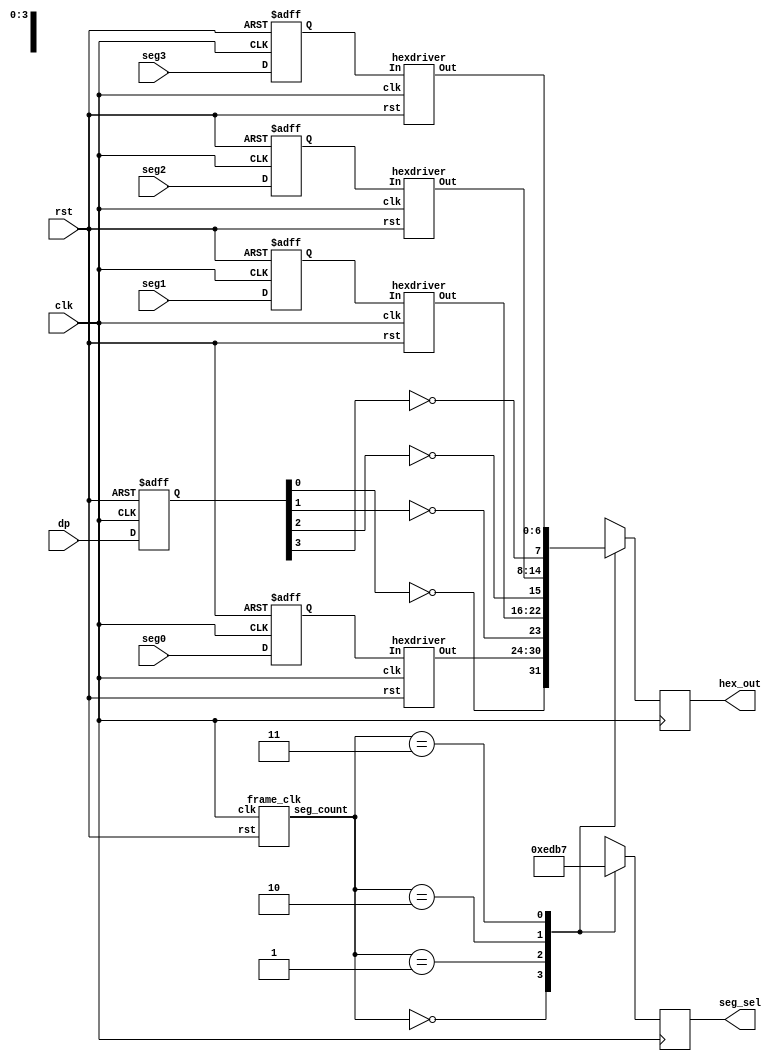
`timescale 1ns / 1ps
//////////////////////////////////////////////////////////////////////////////////
// Company: 
// Engineer: 
// 
// Design Name: 
// Module Name:    Nexys2_hex_driver 
// Project Name: 
// Target Devices: 
// Tool versions: 
// Description: 
//
// Dependencies: 
//
// Revision: 
// Revision 0.01 - File Created
// Additional Comments: 
//
//////////////////////////////////////////////////////////////////////////////////
module Nexys2_hex_driver(
		input wire clk,
		input wire rst,
		input wire[3:0] seg0,
		input wire[3:0] seg1,
		input wire[3:0] seg2,
		input wire[3:0] seg3,
		input wire[3:0] dp,
		output reg[3:0] seg_sel,
		output reg[7:0] hex_out
	);

	wire[1:0] count;
	wire[6:0] hex0, hex1, hex2, hex3;
	reg[3:0] seg0_s, seg1_s, seg2_s, seg3_s;
	reg[3:0] dp_s;

	always @(posedge clk or posedge rst)
	begin
		if(rst)
		begin
			seg0_s <= 4'h0;
			seg1_s <= 4'h0;
			seg2_s <= 4'h0;
			seg3_s <= 4'h0;
			dp_s <= 4'h0;
		end
		else
		begin
			seg0_s <= seg0;
			seg1_s <= seg1;
			seg2_s <= seg2;
			seg3_s <= seg3;
			dp_s <= dp;
		end
	end

	hexdriver hex_inst_0(
		.clk(clk),
		.rst(rst),
		.In(seg0_s),
		.Out(hex0));
	hexdriver hex_inst_1(
		.clk(clk),
		.rst(rst),
		.In(seg1_s),
		.Out(hex1));
	hexdriver hex_inst_2(
		.clk(clk),
		.rst(rst),
		.In(seg2_s),
		.Out(hex2));
	hexdriver hex_inst_3(
		.clk(clk),
		.rst(rst),
		.In(seg3_s),
		.Out(hex3));
	frame_clk frame_clk_inst(.clk(clk), .rst(rst), .seg_count(count));

	always @(posedge clk)
	begin
		case(count)
		2'b00: seg_sel <= ~4'b0001;
		2'b01: seg_sel <= ~4'b0010;
		2'b10: seg_sel <= ~4'b0100;
		2'b11: seg_sel <= ~4'b1000;
		endcase
		
		case(count)
		2'b00: hex_out <= {~dp_s[0], hex0};
		2'b01: hex_out <= {~dp_s[1], hex1};
		2'b10: hex_out <= {~dp_s[2], hex2};
		2'b11: hex_out <= {~dp_s[3], hex3};
		endcase
	end
endmodule	//Nexys2_hex_driver
		
module hexdriver(
		input wire clk,
		input wire rst,
		input wire[3:0] In,
		output reg[6:0] Out);
		
	always @(posedge clk or posedge rst)
	begin
		if(rst)
		begin
			Out <= 7'h00;
		end
		else
		begin
			case (In)
				4'b0000: Out <= 7'b1000000; // '0'
				4'b0001: Out <= 7'b1111001; // '1'
				4'b0010: Out <= 7'b0100100; // '2'
				4'b0011: Out <= 7'b0110000; // '3'
				4'b0100: Out <= 7'b0011001; // '4'
				4'b0101: Out <= 7'b0010010; // '5'
				4'b0110: Out <= 7'b0000010; // '6'
				4'b0111: Out <= 7'b1111000; // '7'
				4'b1000: Out <= 7'b0000000; // '8'
				4'b1001: Out <= 7'b0010000; // '9'
				4'b1010: Out <= 7'b0001000; // 'A'
				4'b1011: Out <= 7'b0000011; // 'b'
				4'b1100: Out <= 7'b1000110; // 'C'
				4'b1101: Out <= 7'b0100001; // 'd'
				4'b1110: Out <= 7'b0000110; // 'E'
				4'b1111: Out <= 7'b0001110; // 'F'
			endcase
		end
	end
endmodule	//hexdriver

module frame_clk(
		input wire clk,
		input wire rst,
		output wire[1:0] seg_count);
		
	reg [17:0] count;
	//reg[14:0] count;
	always @(posedge clk or posedge rst)
	begin
		if(rst)
		begin
			count <= 18'h000;
		end
		else
		begin
			count <= count + 18'h01;
			//count <= count + 15'h01;
		end
	end

	assign seg_count = count[17:16];
	//assign seg_count = count[14:13];
endmodule	//frame_clk